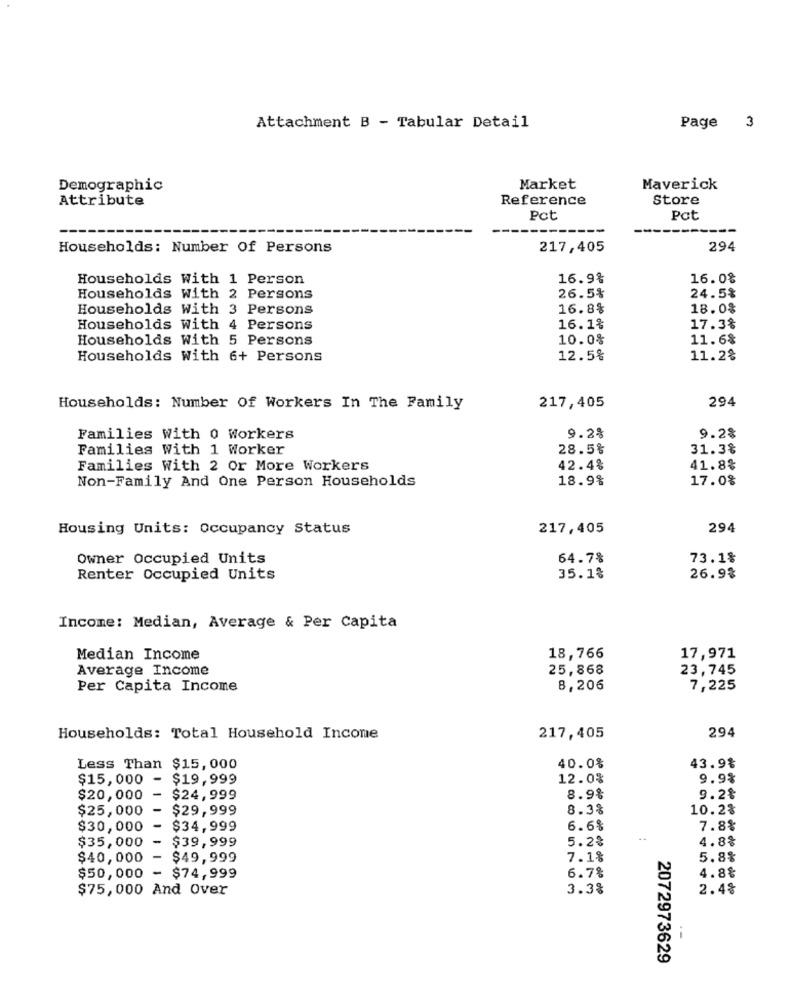
Attachment B - Tabular Detail
Page 3
Demographic
Market
Maverick
Attribute
Reference
Store
Pct
Pat
Households: Number Of Persons
217,405
294
Households With 1 Person
16.9%
16.0%
26.5%
Households With 2 Persons
24.5%
Households With 3 Persons
16.8%
18.0%
Households With 4 Persons
16.1%
17.3%
Households With 5 Persons
10.0%
11.6%
Households With 6+ Persons
12.5%
11.2%
294
Households: Number Of Workers In The Family
217,405
Families With 0 Workers
9.2%
9.2%
Families With 1 Worker
28.5%
31.3%
Families With 2 Or More Workers
42.4%
41.8%
Non-Family And One Person Households
18.9%
17.0%
Housing Units: Occupancy Status
217,405
294
Owner Occupied Units
64.7%
73.1%
Renter Occupied Units
35.1%
26.9%
Income: Median, Average & Per Capita
Median Income
18,766
17,971
Average Income
25,868
23,745
Per Capita Income
8,206
7,225
294
Households: Total Household Income
217,405
Less Than $15,000
40.0%
43.9%
$15,000 -
$19,999
12.0%
9.9%
$20,000 - $24,999
8.9%
9.2%
$25,000 - $29,999
8.3%
10.2%
$30,000
- $34,999
6.6%
7.8%
5.2%
4.8%
$35,000 - $39,999
$40,000
- $49,999
7.1%
5.8%
4.8%
$50,000 - $74,999
6.78
$75,000 And Over
3.3%
2.4%
2072973629